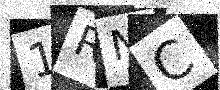
Text: 1RNC